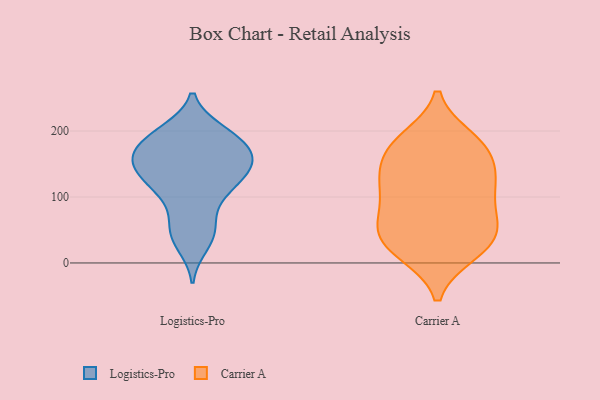
{"axis": {"x": "Net Income (USD K)", "y": "Value"}, "legend": ["Carrier A", "Logistics-Pro"], "data": [{"x": "", "y": 196, "type": "Logistics-Pro"}, {"x": "", "y": 187, "type": "Logistics-Pro"}, {"x": "", "y": 147, "type": "Logistics-Pro"}, {"x": "", "y": 154, "type": "Logistics-Pro"}, {"x": "", "y": 27, "type": "Logistics-Pro"}, {"x": "", "y": 67, "type": "Logistics-Pro"}, {"x": "", "y": 105, "type": "Logistics-Pro"}, {"x": "", "y": 147, "type": "Logistics-Pro"}, {"x": "", "y": 43, "type": "Logistics-Pro"}, {"x": "", "y": 161, "type": "Logistics-Pro"}, {"x": "", "y": 174, "type": "Logistics-Pro"}, {"x": "", "y": 171, "type": "Logistics-Pro"}, {"x": "", "y": 108, "type": "Logistics-Pro"}, {"x": "", "y": 48, "type": "Logistics-Pro"}, {"x": "", "y": 142, "type": "Logistics-Pro"}, {"x": "", "y": 196, "type": "Logistics-Pro"}, {"x": "", "y": 152, "type": "Logistics-Pro"}, {"x": "", "y": 122, "type": "Logistics-Pro"}, {"x": "", "y": 117, "type": "Logistics-Pro"}, {"x": "", "y": 200, "type": "Logistics-Pro"}, {"x": "", "y": 48, "type": "Carrier A"}, {"x": "", "y": 180, "type": "Carrier A"}, {"x": "", "y": 21, "type": "Carrier A"}, {"x": "", "y": 51, "type": "Carrier A"}, {"x": "", "y": 188, "type": "Carrier A"}, {"x": "", "y": 15, "type": "Carrier A"}, {"x": "", "y": 73, "type": "Carrier A"}, {"x": "", "y": 17, "type": "Carrier A"}, {"x": "", "y": 135, "type": "Carrier A"}, {"x": "", "y": 45, "type": "Carrier A"}, {"x": "", "y": 119, "type": "Carrier A"}, {"x": "", "y": 119, "type": "Carrier A"}, {"x": "", "y": 59, "type": "Carrier A"}, {"x": "", "y": 183, "type": "Carrier A"}, {"x": "", "y": 155, "type": "Carrier A"}, {"x": "", "y": 99, "type": "Carrier A"}, {"x": "", "y": 118, "type": "Carrier A"}, {"x": "", "y": 169, "type": "Carrier A"}]}